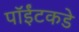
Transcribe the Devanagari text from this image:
पॉईंटकडे